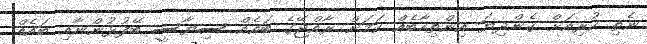
ނެތި ކުރިއަށް ގެންދިޔަ އިންތިހާބެއް ކަމަށް ރާއްޖޭގެ ބައެއް ސިޔާސީ ބޭފުޅުންނާއި ބައެއް